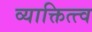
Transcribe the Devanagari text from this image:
व्याक्तित्त्व